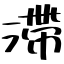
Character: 滯